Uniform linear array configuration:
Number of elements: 4
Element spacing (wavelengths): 0.75
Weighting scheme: binomial
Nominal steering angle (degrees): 0
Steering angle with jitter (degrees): -1.954
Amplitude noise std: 0.05
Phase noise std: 0.05

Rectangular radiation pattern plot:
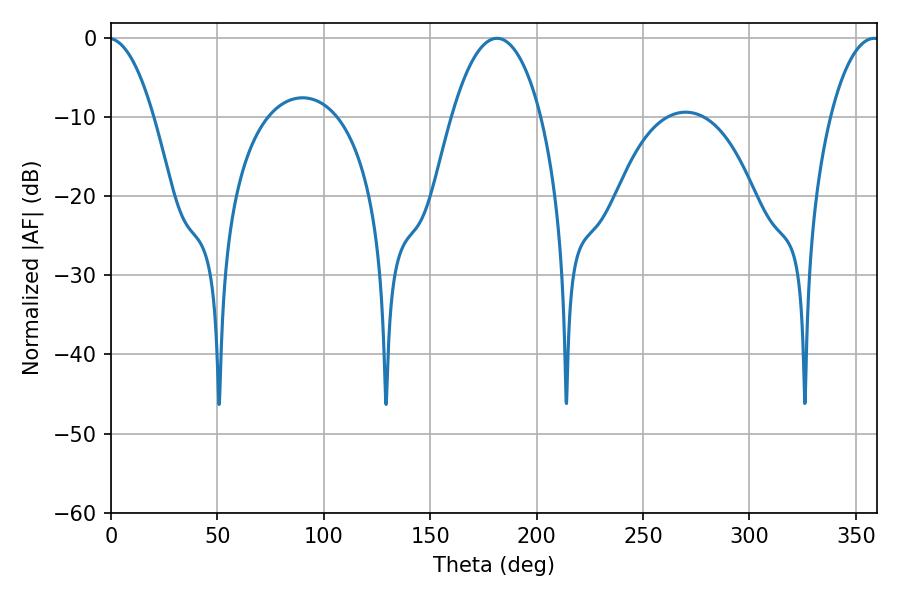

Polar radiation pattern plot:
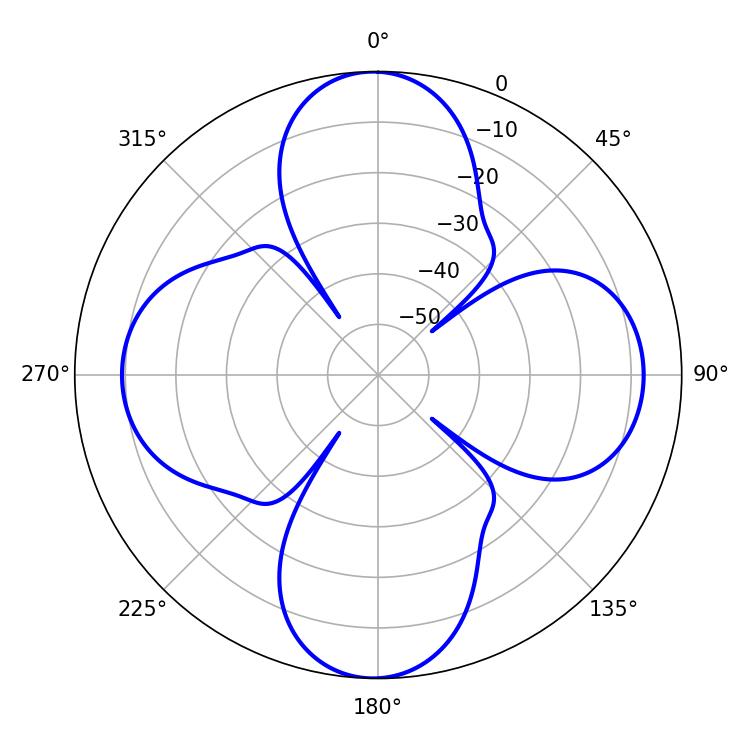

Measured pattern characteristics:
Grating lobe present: TRUE
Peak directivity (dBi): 20.633
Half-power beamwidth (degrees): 23.4
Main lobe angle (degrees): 181.44